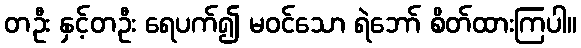
တဦး နှင့်တဦး ရေပက်၍ မဝင်သော ရဲဘော် စိတ်ထားကြပါ။